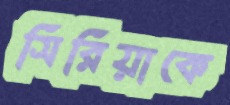
সিরিয়াকে